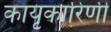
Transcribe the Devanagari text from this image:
कायृकारिणी